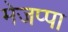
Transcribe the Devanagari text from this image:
मेजप्पा